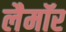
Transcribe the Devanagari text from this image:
लैमॉर